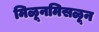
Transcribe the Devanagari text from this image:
मिळूनमिसळून